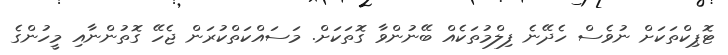
ޓޮޕިކްތަކަށް ނުވެސް ހެދޭނެ ފިލްމުތަކެއް ބޭނުންވާ ގޮތަކަށް. މަސައްކަތްކުރަން ޖެހޭ ގޮތުންނާއި މީހުންގެ